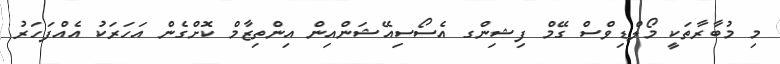
މި މުބާރާތަކީ މޯލްޑިވްސް ގޭމް ފިޝިންގ އެސޯސިއޭޝަންއިން އިންތިޒާމް ކޮށްގެން އަހަރަކު އެއްފަހަރު